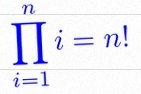
\prod_{i=1}^{n}i=n!